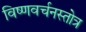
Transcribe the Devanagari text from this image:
विष्णवर्चनस्तोत्र